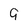
Character: 9